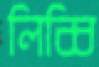
লিব্বি